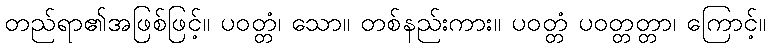
တည်ရာ၏အဖြစ်ဖြင့်။ ပဝတ္တံ၊ သော။ တစ်နည်းကား။ ပဝတ္တံ ပဝတ္တတ္တာ၊ ကြောင့်။